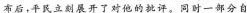
布后，平民立刻展开了对他的批评。同时一部分自